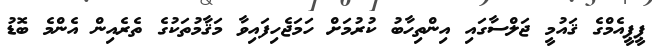
ޕީޕީއެމްގެ ޤައުމީ ޖަލްސާގައި އިންތިހާބު ކުރުމަށް ހަމަޖެހިފައިވާ މަޤާމުތަކުގެ ތެރެއިން އެންމެ ބޮޑު